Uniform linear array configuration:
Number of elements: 48
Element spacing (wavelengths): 1
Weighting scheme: exponential
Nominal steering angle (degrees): -30
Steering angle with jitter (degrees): -29.205
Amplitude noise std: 0.05
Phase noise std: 0.05

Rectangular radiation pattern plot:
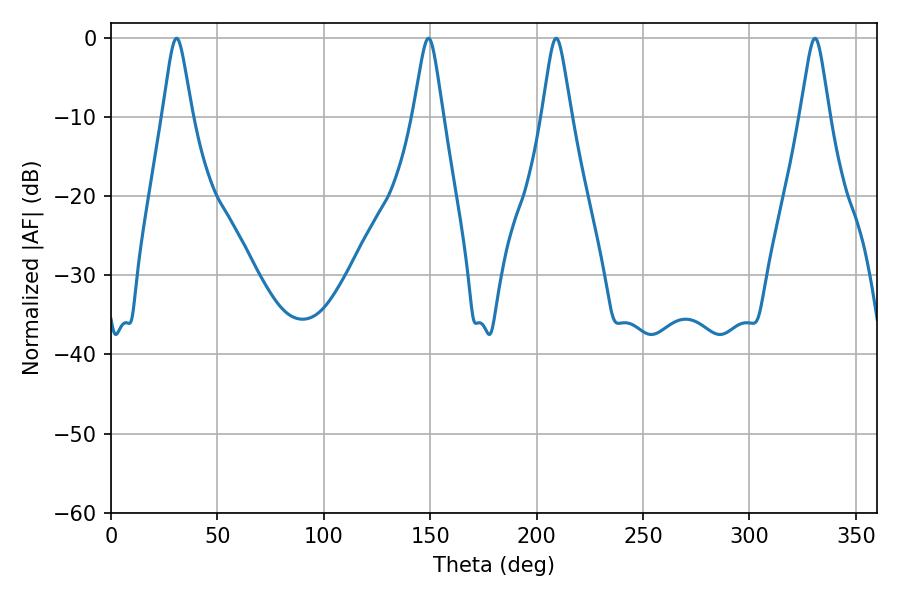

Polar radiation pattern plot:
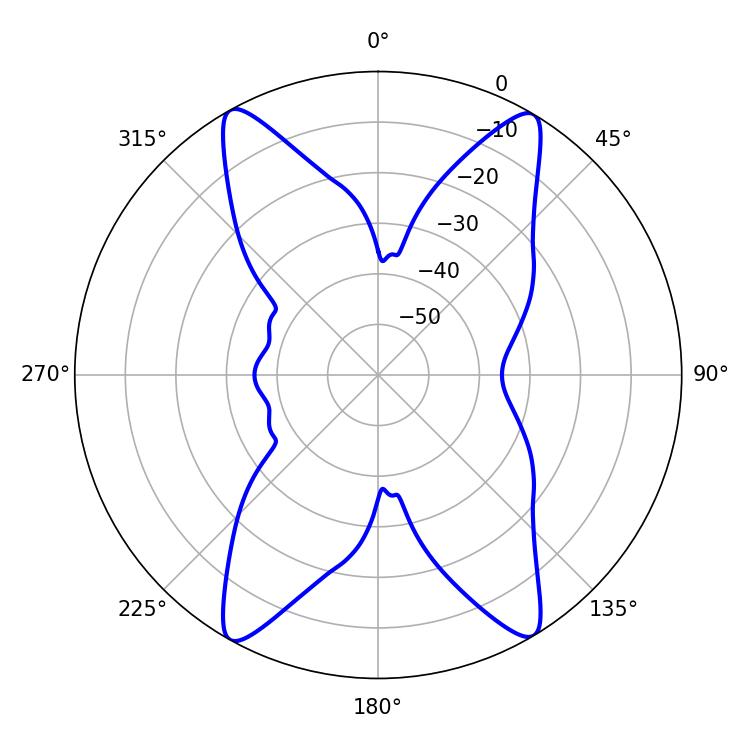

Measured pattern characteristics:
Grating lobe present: TRUE
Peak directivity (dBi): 21.948
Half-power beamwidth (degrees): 6.66
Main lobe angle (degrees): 30.78